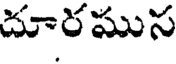
దూరముస